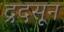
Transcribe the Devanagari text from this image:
द्रदसून